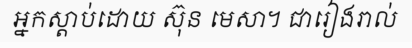
អ្នកស្តាប់ដោយ ស៊ុន មេសា។ ជារៀងរាល់